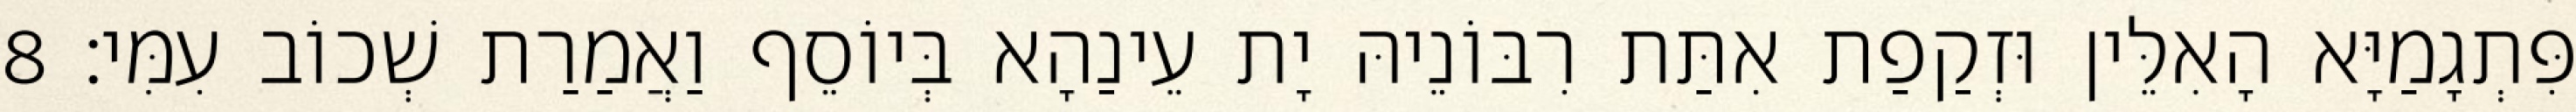
פִּתְגָמַיָּא הָאִלֵּין וּזְקַפַת אִתַּת רִבּוֹנֵיהּ יָת עֵינַהָא בְּיוֹסֵף וַאֲמַרַת שְׁכוֹב עִמִּי׃ 8